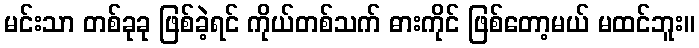
မင်းသာ တစ်ခုခု ဖြစ်ခဲ့ရင် ကိုယ်တစ်သက် ဓားကိုင် ဖြစ်တော့မယ် မထင်ဘူး။